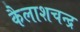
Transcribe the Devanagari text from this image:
कैलाशचन्द्र